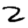
Digit: 2